Leaving Certificate Examination, 1919
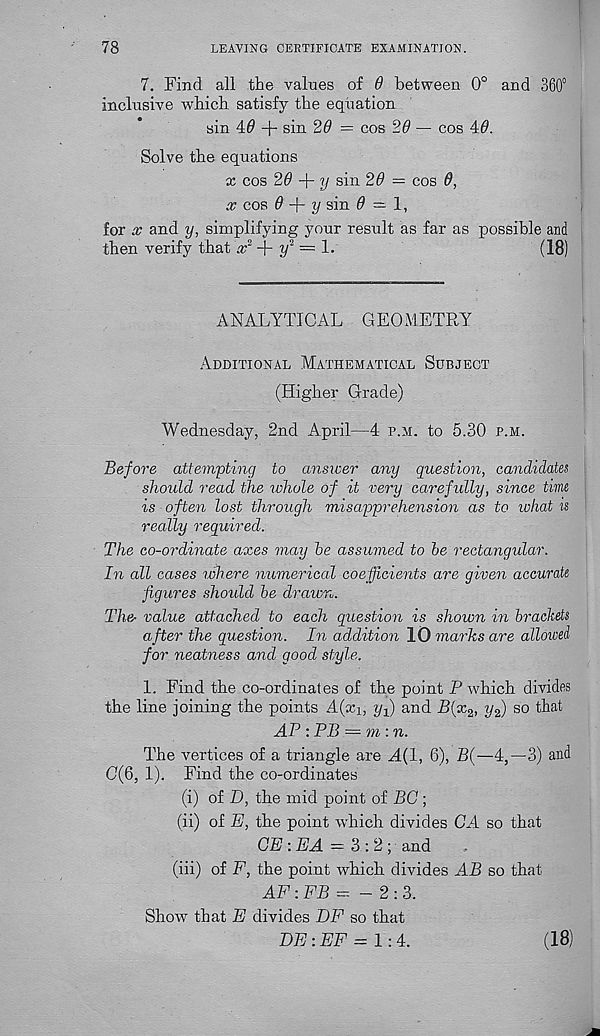
78
LEAVING CERTIFICATE EXAMINATION.
7. Find all the values of 6 between 0° and 360°
inclusive which satisfy the equation
sin 40 + sin 26 = cos 26 — cos 40.
Solve the equations
x cos 20 + 7/ sin 20 = cos 0,
x cos 0 + 1/ sin 0 = 1,
for x and y, simplifying your result as far as possible and
then verify that + +
= L
(18)
ANALYTICAL GEOMETRY
Additional Mathematical Subject
(Higher Grade)
Wednesday, 2nd April—4 p.m. to 5.30 p.m.
Before attempting to answer any question, candidates
should read the whole of it very carefully, since tine
is often lost through misapprehension as to ivhat is
really required.
The co-ordinate axes may he assumed to he rectangular.
In all cases where numerical coefficients are given accurate
figures should he drawn.
The- value attached to each question is shown in brackets
after the question. In addition 10 marks are allowed
for neatness and good style.
1. Find the co-ordinates of the point P which divides
the line joining the points A(x 1; yf) and B{x 2 , y 2 ) so that
AP : PB = m:n.
The vertices of a triangle are A{1, 6), B(—4,—3) and
C(6, 1). Find the co-ordinates
(i) of D, the mid point of BG;
(ii) of E, the point which divides GA so that
GE : EA — 3:2; and
(iii) of F, the point which divides AB so that
AF : FB -- -2:3.
Show that E divides DF so that
DE: EF = 1:4.
(18)